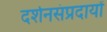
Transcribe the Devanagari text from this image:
दर्शनसंप्रदायों